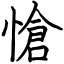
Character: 愴